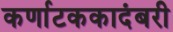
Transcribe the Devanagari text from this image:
कर्णाटककादंबरी